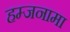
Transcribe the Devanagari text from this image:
हम्जनामा